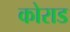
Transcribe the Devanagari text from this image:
कोराड